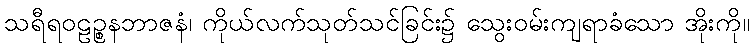
သရီရဝဠဉ္စနဘာဇနံ၊ ကိုယ်လက်သုတ်သင်ခြင်း၌ သွေးဝမ်းကျရာခံသော အိုးကို။